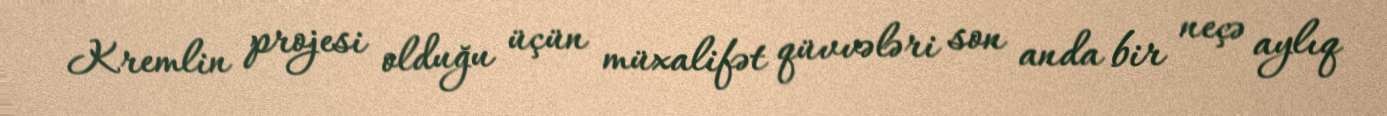
Kremlin projesi olduğu üçün müxalifət qüvvələri son anda bir neçə aylıq